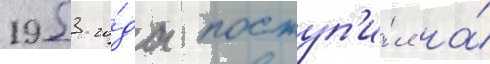
1953 го́да поступ'и́л на́